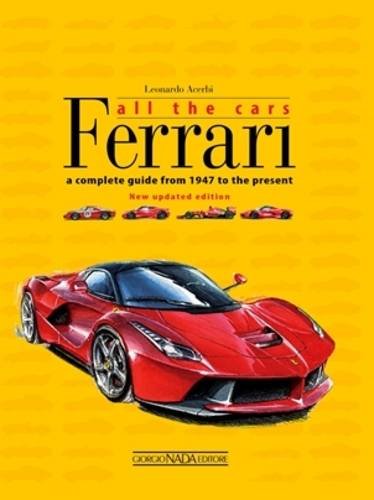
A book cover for Ferrari All the Cars: a complete guide from 1947 to the present - New updated edition; Leonardo Acerbi; Engineering & Transportation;